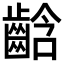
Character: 𪘒